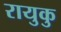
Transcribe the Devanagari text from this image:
रायुकु